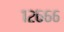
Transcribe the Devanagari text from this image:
१२६६६